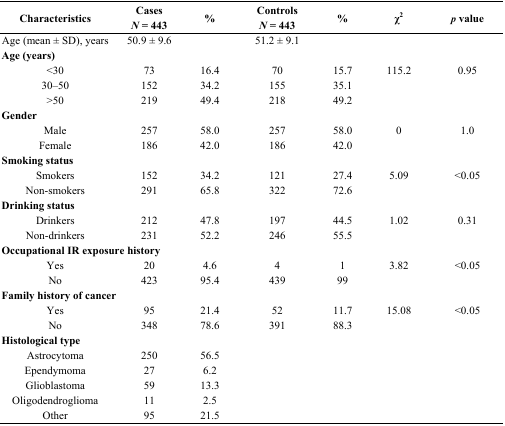
<table><thead><tr><td><b>Characteristics</b></td><td><b>Cases<i>N</i> = 443</b></td><td><b>%</b></td><td><b>Controls<i>N</i> = 443</b></td><td><b>%</b></td><td><b>χ<sup>2</sup></b></td><td><b><i>p</i> value</b></td></tr></thead><tbody><tr><td>Age (mean ± SD), years</td><td>50.9 ± 9.6</td><td></td><td>51.2 ± 9.1</td><td></td><td></td><td></td></tr><tr><td colspan="7"><b>Age (years)</b></td></tr><tr><td>&lt;30</td><td>73</td><td>16.4</td><td>70</td><td>15.7</td><td>115.2</td><td>0.95</td></tr><tr><td>30–50</td><td>152</td><td>34.2</td><td>155</td><td>35.1</td><td></td><td></td></tr><tr><td>&gt;50</td><td>219</td><td>49.4</td><td>218</td><td>49.2</td><td></td><td></td></tr><tr><td colspan="7"><b>Gender</b></td></tr><tr><td>Male</td><td>257</td><td>58.0</td><td>257</td><td>58.0</td><td>0</td><td>1.0</td></tr><tr><td>Female</td><td>186</td><td>42.0</td><td>186</td><td>42.0</td><td></td><td></td></tr><tr><td colspan="7"><b>Smoking status</b></td></tr><tr><td>Smokers</td><td>152</td><td>34.2</td><td>121</td><td>27.4</td><td>5.09</td><td>&lt;0.05</td></tr><tr><td>Non-smokers</td><td>291</td><td>65.8</td><td>322</td><td>72.6</td><td></td><td></td></tr><tr><td colspan="7"><b>Drinking status</b></td></tr><tr><td>Drinkers</td><td>212</td><td>47.8</td><td>197</td><td>44.5</td><td>1.02</td><td>0.31</td></tr><tr><td>Non-drinkers</td><td>231</td><td>52.2</td><td>246</td><td>55.5</td><td></td><td></td></tr><tr><td colspan="7"><b>Occupational IR exposure history</b></td></tr><tr><td>Yes</td><td>20</td><td>4.6</td><td>4</td><td>1</td><td>3.82</td><td>&lt;0.05</td></tr><tr><td>No</td><td>423</td><td>95.4</td><td>439</td><td>99</td><td></td><td></td></tr><tr><td colspan="7"><b>Family history of cancer</b></td></tr><tr><td>Yes</td><td>95</td><td>21.4</td><td>52</td><td>11.7</td><td>15.08</td><td>&lt;0.05</td></tr><tr><td>No</td><td>348</td><td>78.6</td><td>391</td><td>88.3</td><td></td><td></td></tr><tr><td colspan="7"><b>Histological type</b></td></tr><tr><td>Astrocytoma</td><td>250</td><td>56.5</td><td></td><td></td><td></td><td></td></tr><tr><td>Ependymoma</td><td>27</td><td>6.2</td><td></td><td></td><td></td><td></td></tr><tr><td>Glioblastoma</td><td>59</td><td>13.3</td><td></td><td></td><td></td><td></td></tr><tr><td>Oligodendroglioma</td><td>11</td><td>2.5</td><td></td><td></td><td></td><td></td></tr><tr><td>Other</td><td>95</td><td>21.5</td><td></td><td></td><td></td><td></td></tr></tbody></table>